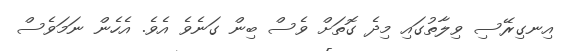
އިނގިރޭސި ވިލާތުގައި މިދެ ގޮތަށް ވެސް ބިން ގަނެވެ އެވެ. އެހެން ނަމަވެސް